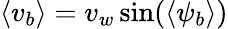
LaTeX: \langle v_{b}\rangle=v_{w}\sin({\langle\psi_{b}\rangle})